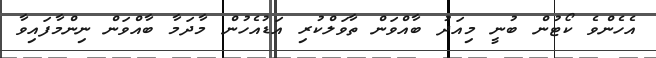
އެހެންވެ ކޯޓުން ބުނީ މިއަދު ބާއްވަން ތާވަލްކުރި އަޑުއެހުން މާދަމާ ބާއްވަން ނިންމާފައިވާ